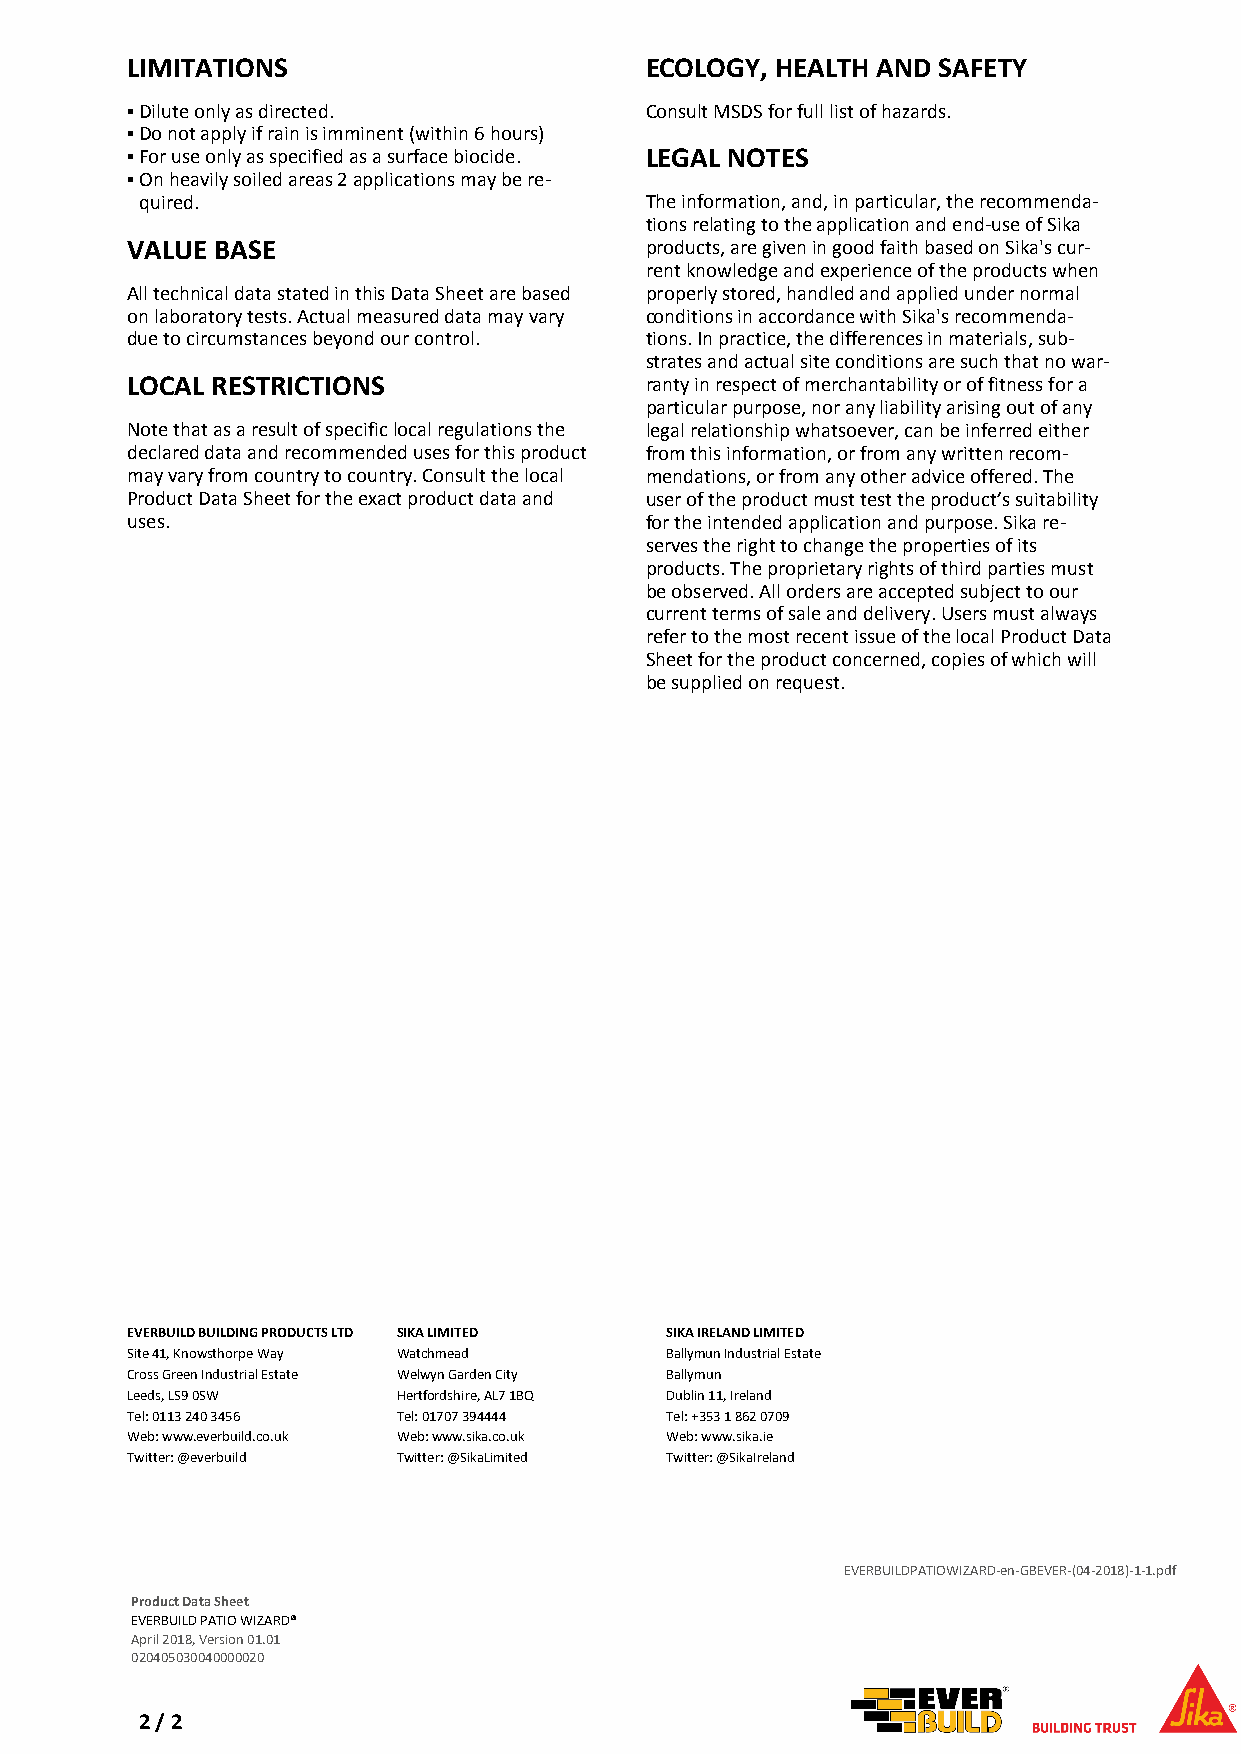
LIMITATIONS                        ECOLOGY, HEALTH AND SAFETY
 ▪Dilute only as directed.          Consult MSDS for full list of hazards.
 ▪Do not apply if rain is imminent (within 6 hours)
 ▪For use only as specified as a surface biocide. LEGAL NOTES
 ▪On heavily soiled areas 2 applications may be re-
 quired.                           The information, and, in particular, the recommenda-
 tions relating to the application and end-use of Sika
 VALUE BASE                         products, are given in good faith based on Sika's cur-
 rent knowledge and experience of the products when
 All technical data stated in this Data Sheet are based properly stored, handled and applied under normal
 on laboratory tests. Actual measured data may vary conditions in accordance with Sika's recommenda-
 due to circumstances beyond our control. tions. In practice, the differences in materials, sub-
 strates and actual site conditions are such that no war-
 LOCAL RESTRICTIONS                 ranty in respect of merchantability or of fitness for a
 particular purpose, nor any liability arising out of any
 Note that as a result of specific local regulations the legal relationship whatsoever, can be inferred either
 declared data and recommended uses for this product from this information, or from any written recom-
 may vary from country to country. Consult the local mendations, or from any other advice offered. The
 Product Data Sheet for the exact product data and user of the product must test the product’s suitability
 uses.                              for the intended application and purpose. Sika re-
 serves the right to change the properties of its
 products. The proprietary rights of third parties must
 be observed. All orders are accepted subject to our
 current terms of sale and delivery. Users must always
 refer to the most recent issue of the local Product Data
 Sheet for the product concerned, copies of which will
 be supplied on request.
 EVERBUILD BUILDING PRODUCTS LTD SIKA LIMITED SIKA IRELAND LIMITED
 Site 41, Knowsthorpe Way Watchmead  Ballymun Industrial Estate
 Cross Green Industrial Estate Welwyn Garden City Ballymun
 Leeds, LS9 0SW    Hertfordshire, AL7 1BQ Dublin 11, Ireland
 Tel: 0113 240 3456 Tel: 01707 394444 Tel: +353 1 862 0709
 Web: www.everbuild.co.uk Web: www.sika.co.uk Web: www.sika.ie
 Twitter: @everbuild Twitter: @SikaLimited Twitter: @SikaIreland
 EVERBUILDPATIOWIZARD-en-GBEVER-(04-2018)-1-1.pdf
 Product Data Sheet
 EVERBUILD PATIO WIZARD®
 April 2018, Version 01.01
 020405030040000020
 2 / 2